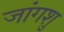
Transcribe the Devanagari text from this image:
जांगशु